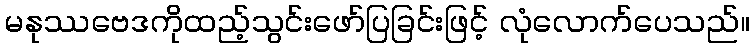
မနုဿဗေဒကိုထည့်သွင်းဖော်ပြခြင်းဖြင့် လုံလောက်ပေသည်။